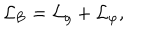
{ \cal L } _ { \mathrm { B } } = { \cal L } _ { g } + { \cal L } _ { \varphi } ,